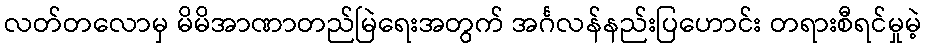
လတ်တလောမှ မိမိအာဏာတည်မြဲရေးအတွက် အင်္ဂလန်နည်းပြဟောင်း တရားစီရင်မှုမဲ့